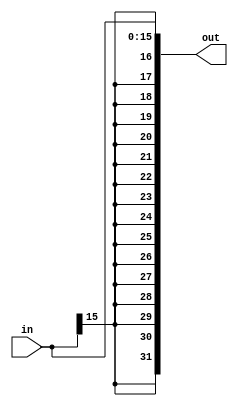

module sign_extender(in, out);

  input [15:0] in;
  output [31:0] out;

  assign out = {{16{in[15]}}, in[15:0]};

endmodule